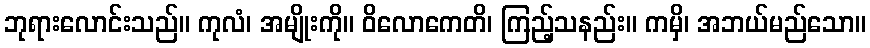
ဘုရားလောင်းသည်။ ကုလံ၊ အမျိုးကို။ ဝိလောကေတိ၊ ကြည့်သနည်း။ ကမှိ၊ အဘယ်မည်သော။